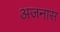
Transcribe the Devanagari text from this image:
अजनास